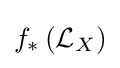
f_{*}\left({\mathcal {L}}_{X}\right)